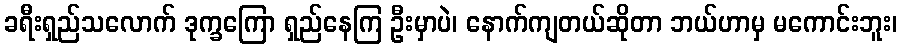
ခရီးရှည်သလောက် ဒုက္ခကြော ရှည်နေကြ ဦးမှာပဲ၊ နောက်ကျတယ်ဆိုတာ ဘယ်ဟာမှ မကောင်းဘူး၊